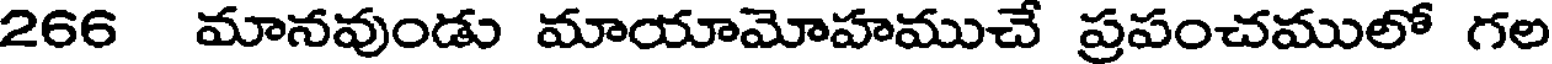
266 మానవుండు మాయామోహముచే ప్రపంచములో గల